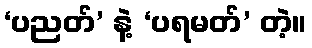
‘ပညတ်’ နဲ့ ‘ပရမတ်’ တဲ့။